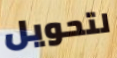
لتحويل